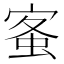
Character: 𡩓